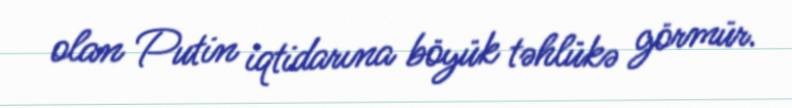
olan Putin iqtidarına böyük təhlükə görmür.